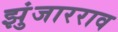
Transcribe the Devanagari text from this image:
झुंजारराव